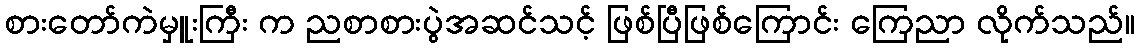
စားတော်ကဲမှူးကြီး က ညစာစားပွဲအဆင်သင့် ဖြစ်ပြီဖြစ်ကြောင်း ကြေညာ လိုက်သည်။